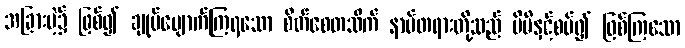
အခြားမဲ့၌ ဖြစ်၍ ချုပ်ပျောက်ကြရသော စိတ်စေတသိက် နာမ်တရားတို့သည် မိမိနှင့်စပ်၍ ဖြစ်ကြသော